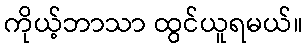
ကိုယ့်ဘာသာ ထွင်ယူရမယ်။